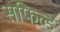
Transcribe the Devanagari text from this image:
सफिल्ड